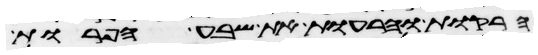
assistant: הרקות והרעות את שבע הפרות